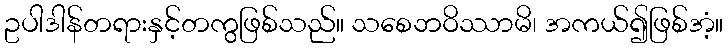
ဥပါဒါန်တရားနှင့်တကွဖြစ်သည်။ သစေဘဝိဿာမိ၊ အကယ်၍ဖြစ်အံ့။